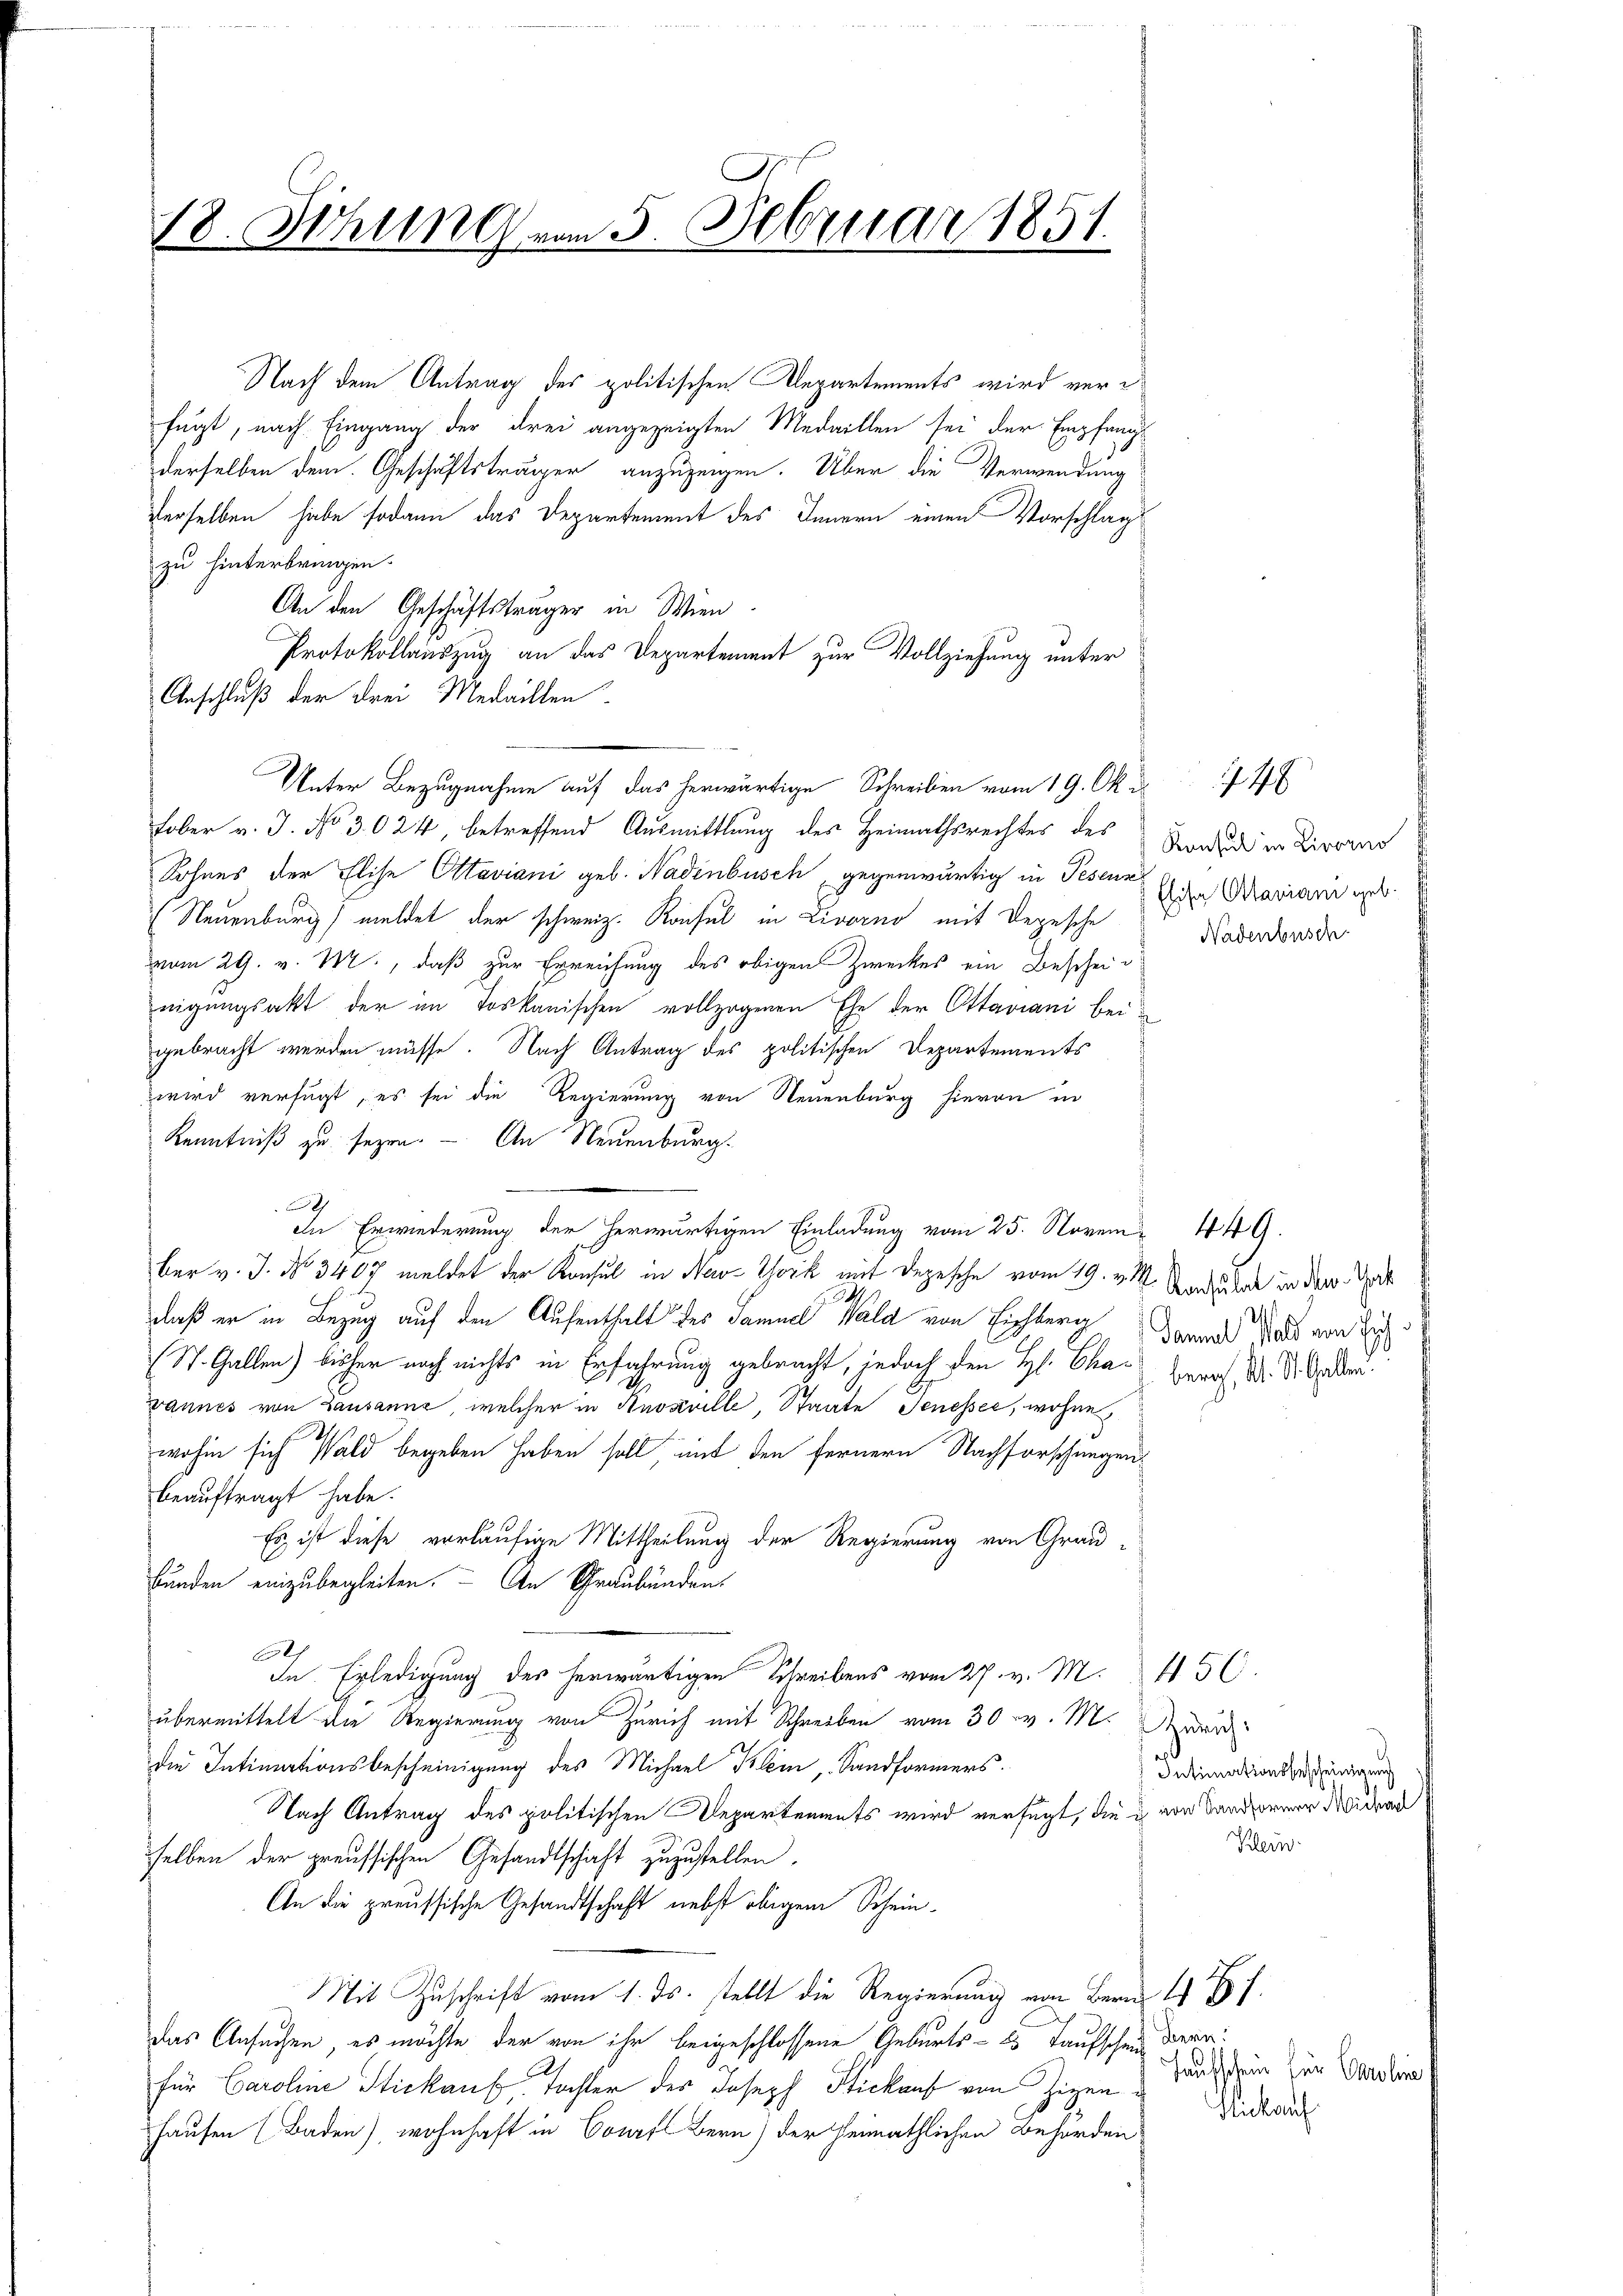
18. Ithung vom 5. Februar 1851.

Nach dem Antrag des politischen Departements wird verfügt, nach Eingang der drei angezeigten Medaillen sei der Empfang
derselben dem Geschäftsträger anzuzeigen. Über die Verwendung
derselben habe sodann das Departement des Innern einen Vorschlag
zu hinterbringen.
An den Geschäftsträger in Wien.
Protokollauszug an das Departement zur Vollziehung unter
Anschluß der drei Medaillen.
Unter Bezugnahme auf das herwärtige Schreiben vom 19. Ok
Fober v. J. No 3024, betreffend Ausmittlung des Heimathsrechtes des Standen in Livran
Sohnes der Elise Ottaviani geb. Nadinbusch gegenwärtig in Pesenz
 Neuenburg) meldet der schweiz. Konsul in Livorno mit Depesche
vom 29. v. M., daß zur Erreichung des obigen Zweckes ein Bescheinigungsakt der im Toskanischen vollzogenen Ehe der Ottaviani bei
gebracht werden müsse. Nach Antrag des politischen Departements
wird verfügt, es sei die Regierung von Neuenburg hievon in
Kenntniß zu sezen. — An Neuenburg.
h
In Erwiederung der herwärtigen Einladung vom 25. Novem 449.
ber v. J. No 3467 meldet der Konsul in New-York mit Depesche vom 19. v. M. Vordunker in der Dort
.
daß er in Bezug auf den Aufenthalt des Samuel Wald von Eichberg darunt das von di
St. Gallen) bisher noch nichts in Erfahrung gebracht, jedoch den Hs. Cha- Beruf. Dr. St. Oder.
wannes von Lausanne, welcher in Knosville, Staate Jenesser, wohne
wohin sich Wald begeben haben soll, mit den fernern Nachforschungen
beauftragt habe.
Es ist diese vorläufige Mittheilung der Regierung von Grau-
bunden einzubegleiten. An Schraubünden.
A
In Erledigung des herwärtigen Schreibens vom 27. v. M. 456.
übermittelt die Regierung von Zürich mit Schreiben vom 30. v. M. wurd
die Intimationsbescheinigung des Michael Klein, Sandformers.
Nach Antrag des politischen Departements wird verfügt, die u. von Landformer Wid
selben der preussischen Gesandtschaft zuzustellen.
An die preussische Gesandtschaft nebst obigem Schein¬
Mit Zuschrift vom 1. ds. stellt die Regierung von Bern
das Ansuchen, es möchte der von ihr beigeschlossene Geburts- 25 Taufschein Bern
für Caroline Stickauf Tochter des Joseph Stickauf von Zizenhausen (Baden), wohnhaft in Courfs Bern) der Heimathlichen Behörden

Elise Attariani geb.
Nadenbusch

748

Intimationsbescheinigung
Klein

Hausschein für Caroline
Wickauf